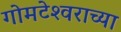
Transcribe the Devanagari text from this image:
गोमटेश्‍वराच्या